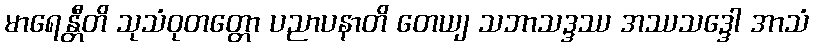
မာရေန္တီတိ သုသံဝုတတ္တော ပညာပနာတိ တေယျ သဘာသဒ္ဒဿ အဿသဒ္ဒေါ အာသံ